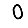
Digit: 0